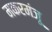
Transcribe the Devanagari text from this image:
मकरमंजू